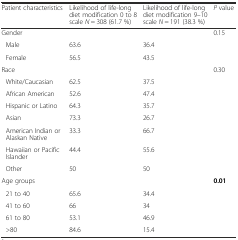
<table><thead><tr><td><b>Patient characteristics</b></td><td><b>Likelihood of life-long diet modification 0 to 8 scale <i>N</i> = 308 (61.7 %)</b></td><td><b>Likelihood of life-long diet modification 9–10 scale <i>N</i> = 191 (38.3 %)</b></td><td><b><i>P</i> value</b></td></tr></thead><tbody><tr><td>Gender</td><td></td><td></td><td>0.15</td></tr><tr><td>Male</td><td>63.6</td><td>36.4</td><td></td></tr><tr><td>Female</td><td>56.5</td><td>43.5</td><td></td></tr><tr><td>Race</td><td></td><td></td><td>0.30</td></tr><tr><td>White/Caucasian</td><td>62.5</td><td>37.5</td><td></td></tr><tr><td>African American</td><td>52.6</td><td>47.4</td><td></td></tr><tr><td>Hispanic or Latino</td><td>64.3</td><td>35.7</td><td></td></tr><tr><td>Asian</td><td>73.3</td><td>26.7</td><td></td></tr><tr><td>American Indian or Alaskan Native</td><td>33.3</td><td>66.7</td><td></td></tr><tr><td>Hawaiian or Pacific Islander</td><td>44.4</td><td>55.6</td><td></td></tr><tr><td>Other</td><td>50</td><td>50</td><td></td></tr><tr><td>Age groups</td><td></td><td></td><td><b>0.01</b></td></tr><tr><td>21 to 40</td><td>65.6</td><td>34.4</td><td></td></tr><tr><td>41 to 60</td><td>66</td><td>34</td><td></td></tr><tr><td>61 to 80</td><td>53.1</td><td>46.9</td><td></td></tr><tr><td>&gt;80</td><td>84.6</td><td>15.4</td><td></td></tr></tbody></table>